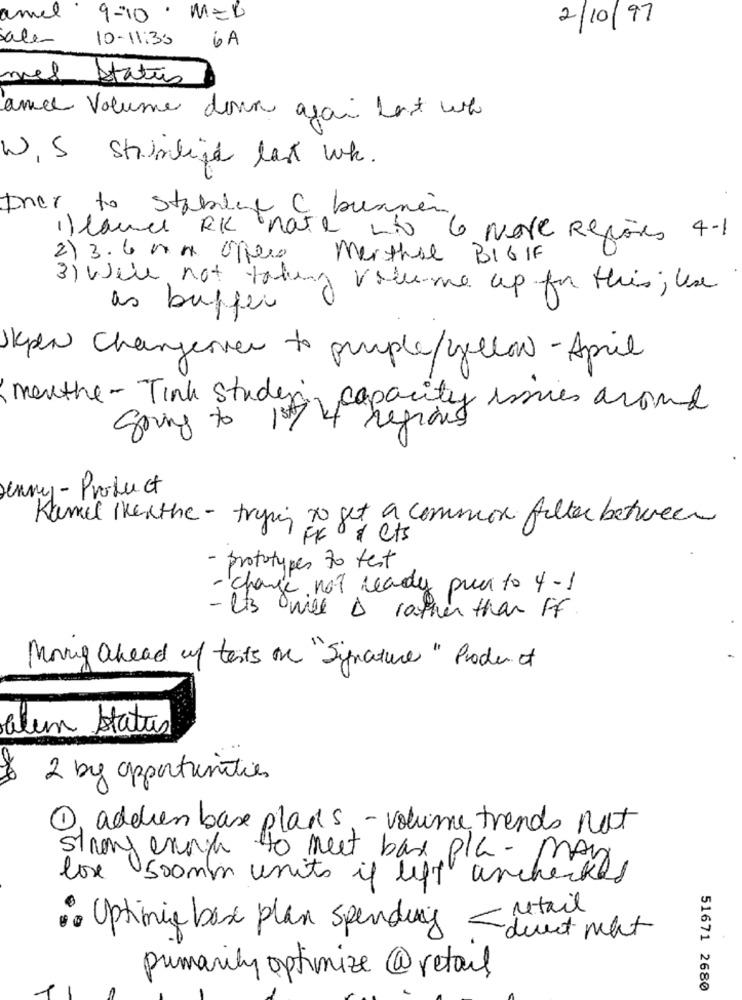
amel 9-10 . MED
2/10/97
sale
10-11:30
6A
mes
Status
and Volume down again last wa
W,S shimlied las wh.
Dnes to stablet C bunnen
" lamer RK nate wis
6 Nove Reções 4-1
2) 3.6 mm Opere Merthe BIGIF
3) Will not taking volume up for this; les
as buffer
Skpen Chargeover to peuple/yellow- April
menthe - Tink studen capacity issues around
going to
Jenny - Product
Kamel whenthe - trying to get a common filter between
FF & Cts
- prototypes 70 test
- change not ready punto 4-1
- Its will D rather than FF
Moving ahead of tests on "Signature " Product
alun Status
2 by opportunities
1, addren base plans - volume trends not
strong energy to meet bax plc -1
lox 500mm units if lift archecked
retail
· Uptimie box plan spending - duet wat
primarily optimize@retail
51671 2680